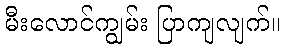
မီးလောင်ကျွမ်း ပြာကျလျက်။